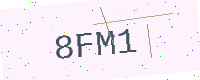
Text: 8FM1